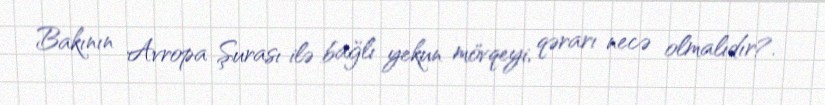
Bakının Avropa Şurası ilə bağlı yekun mövqeyi, qərarı necə olmalıdır?.